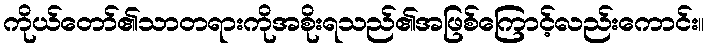
ကိုယ်တော်၏သာတရားကိုအစိုးရသည်၏အဖြစ်ကြောင့်လည်းကောင်း။